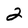
Character: 2